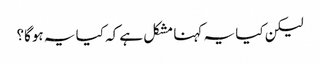
لیکن کیا یہ کہنا مشکل ہے کہ کیا یہ ہوگا؟